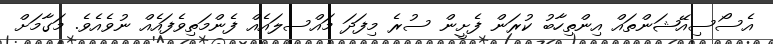
އެސޯސިއޭޝަންތައް އިންތިހާބު ކުރަން ފެށީން ސުރެ މިފަދަ މައްސލައެއް ފެންމަތިވެފައެއް ނުވެއެވެ. މަގާމަށް